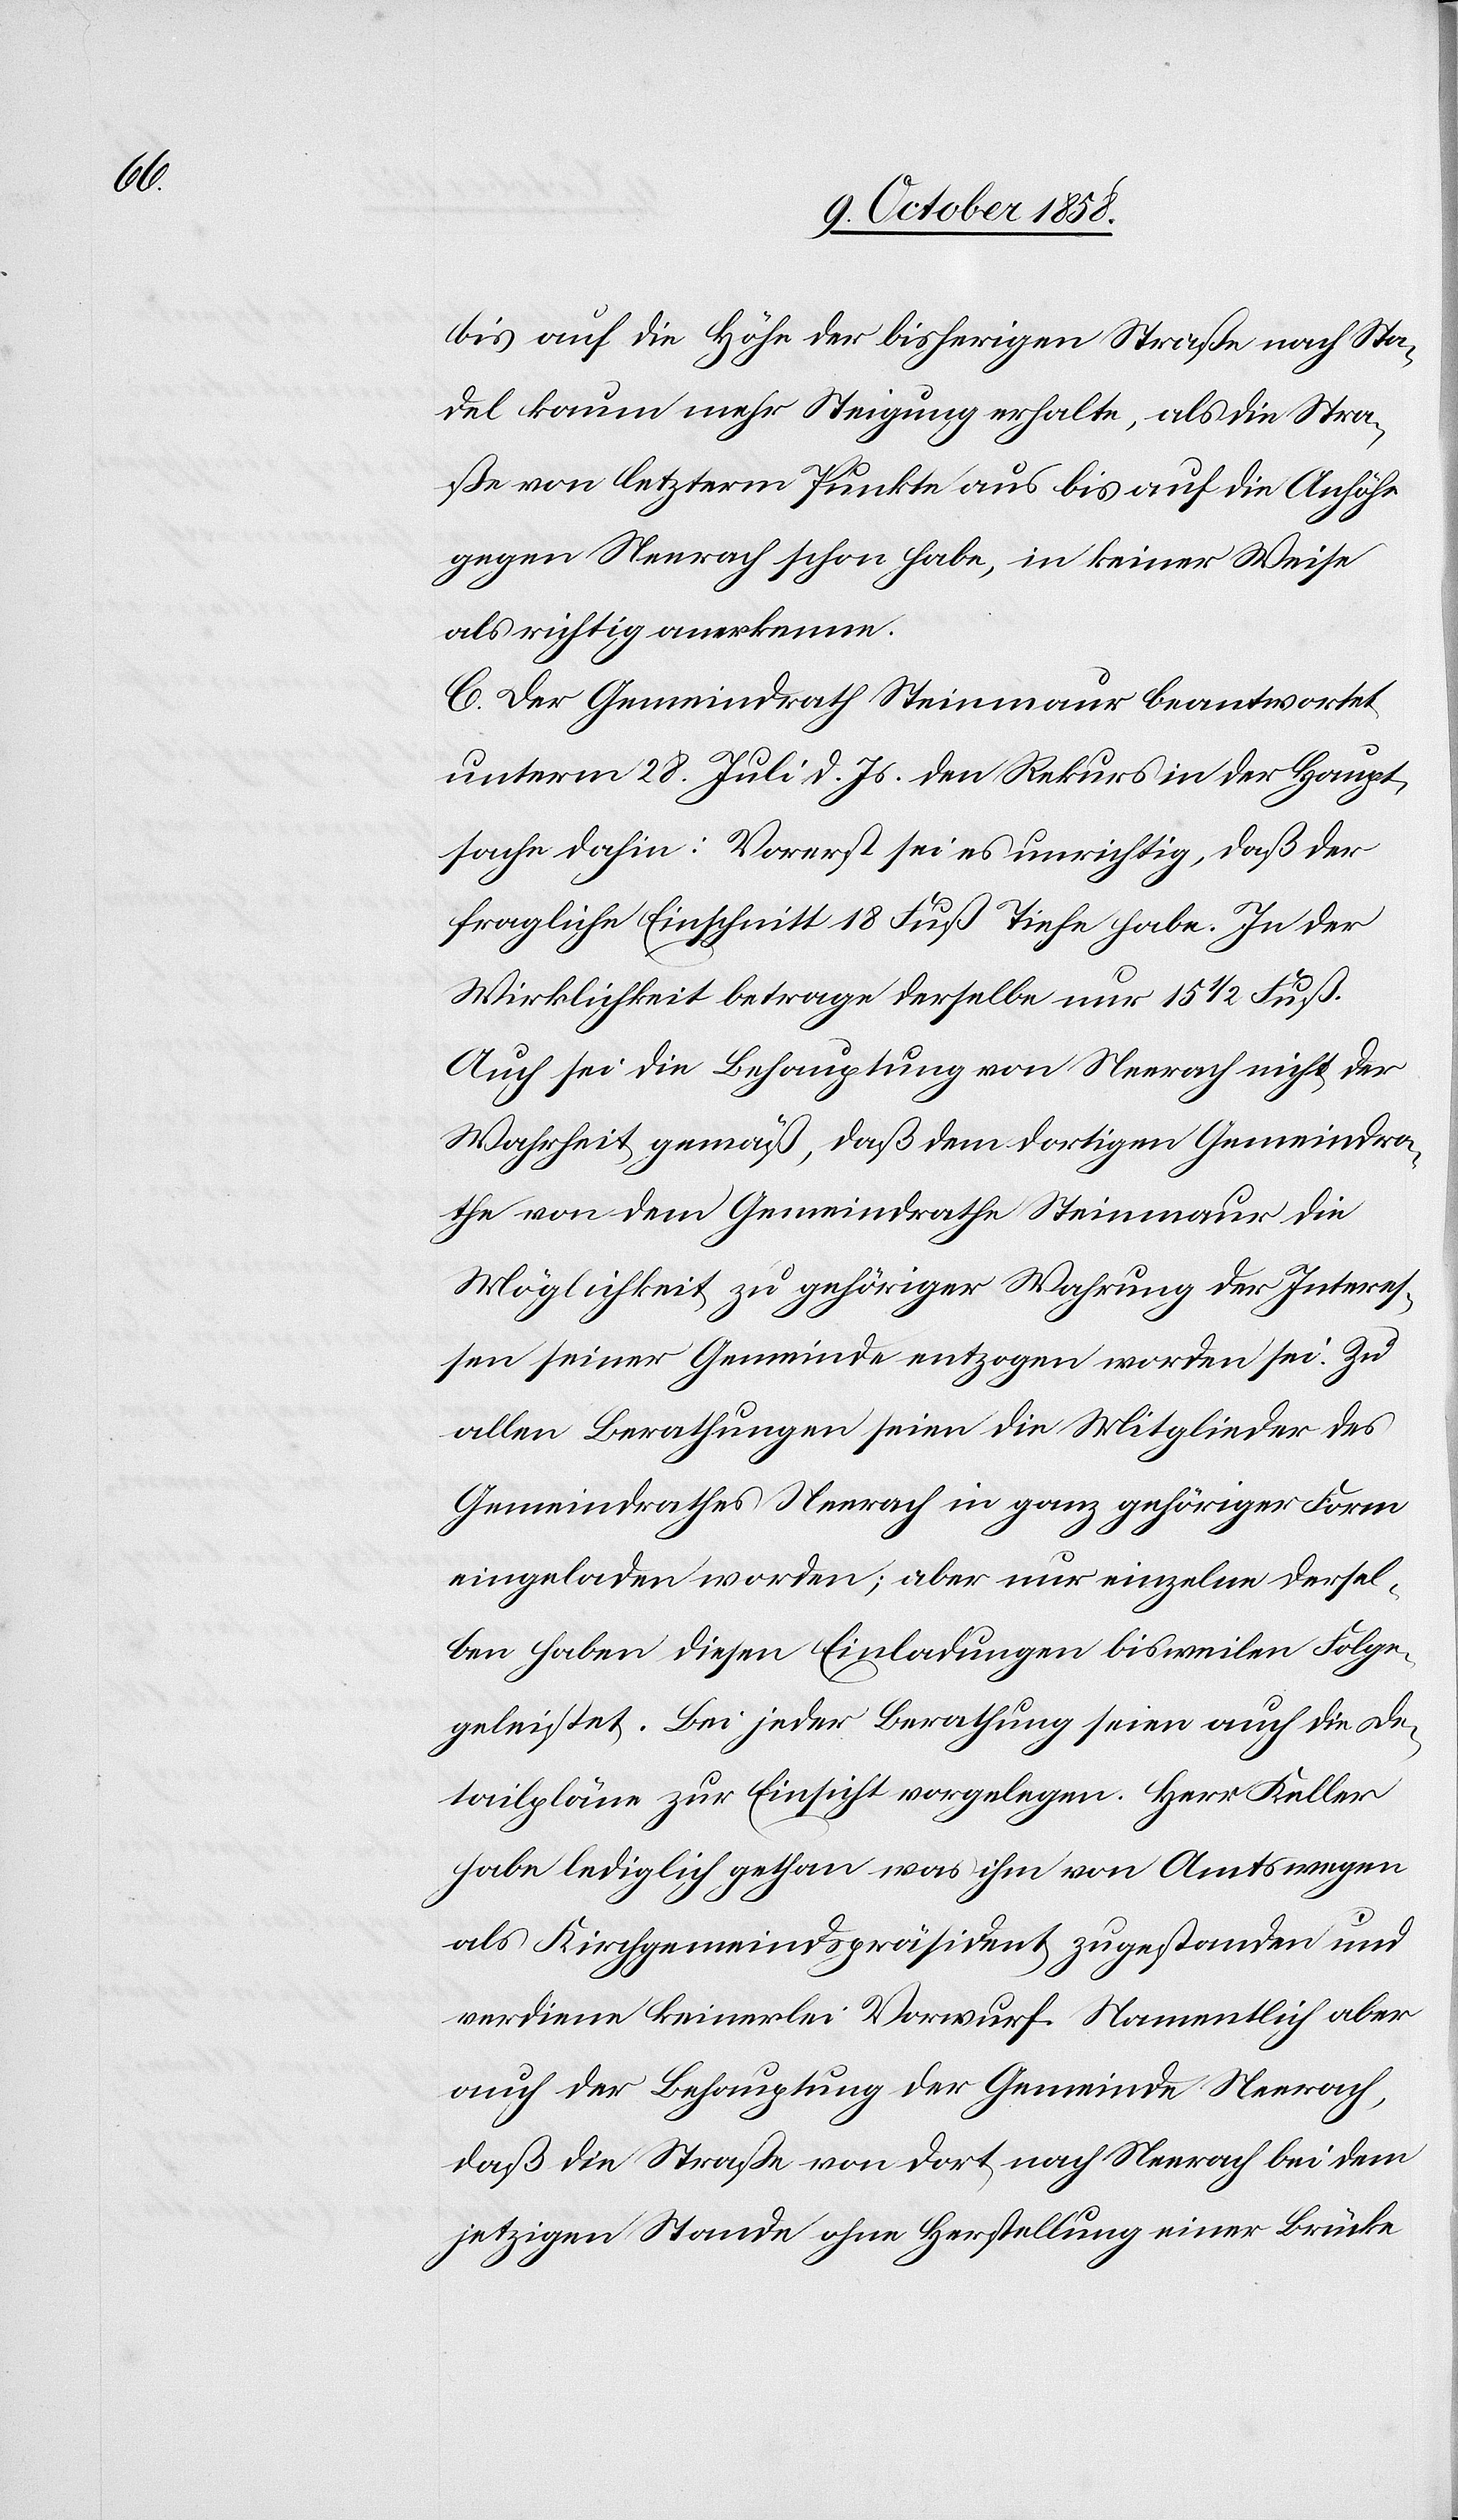
bis auf die Höhe der bisherigen Straße nach Sta¬
del kaum mehr Steigung erhalte, als die Stra¬
ße von letzterm Punkte aus bis auf die Anhöhe
gegen Neerach schon habe, in keiner Weise
als richtig anerkenne.
C. Der Gemeindrath Steinmaur beantwortet
unterm 28. Juli d. Js. den Rekurs in der Haupt¬
sache dahin: Vorerst sei es unrichtig, daß der
fragliche Einschnitt 18 Fuß Tiefe habe. In der
Wirklichkeit betrage derselbe nur 15 1/2 Fuß.
Auch sei die Behauptung von Neerach nicht der
Wahrheit gemäß, daß dem dortigen Gemeindra¬
the von dem Gemeindrathe Steinmaur die
Möglichkeit zu gehöriger Wahrung der Interes¬
sen seiner Gemeinde entzogen worden sei. Zu
allen Berathungen seien die Mitglieder des
Gemeindrathes Neerach in ganz gehöriger Form
eingeladen worden; aber nur einzelne dersel¬
ben haben diesen Einladungen bisweilen Folge
geleistet. Bei jeder Berathung seien auch die De¬
tailpläne zur Einsicht vorgelegen. Herr Keller
habe lediglich gethan was ihm von Amtswegen
als Kirchgemeindspräsident zugestanden und
verdiene keinerlei Vorwurf. Namentlich aber
auch der Behauptung der Gemeinde Neerach,
daß die Straße von dort nach Neerach bei dem
jetzigen Stande ohne Herstellung einer Brücke